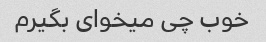
خوب چی میخوای بگیرم